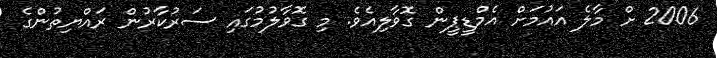
2006 ށް މާލެ އައުމަށް އެމްޑީޕީން ގޮވާލިއެވެ. މި ގޮވާލުމުގައި ސަރުކާރުން ރައްޔިތުންގެ